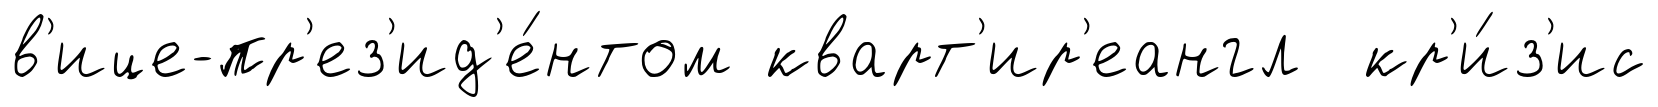
в'ице-пр'ез'ид'е́нтом кварт'ир'еангл кр'и́з'ис